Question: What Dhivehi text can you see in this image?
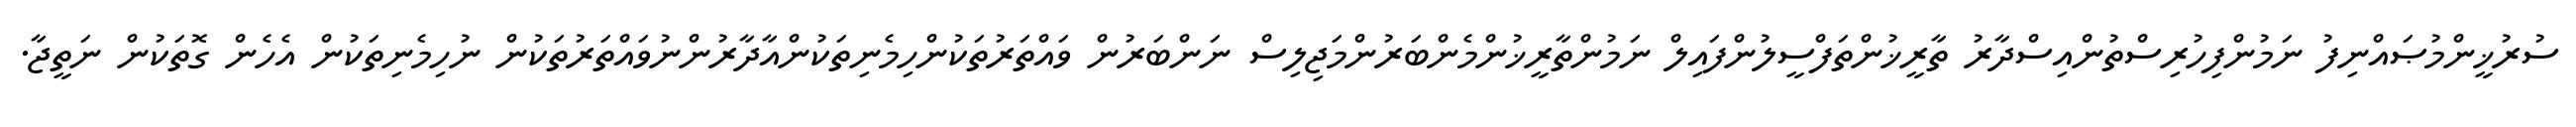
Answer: ސުރުޚީންމުޞައްނިފު ނަމުންފިހުރިސްތުންއިސްދާރު ތާރީޚުންތަފްސީލުންފައިލް ނަމުންތާރީޚުންމެންބަރުންމަޖިލިސް ނަންބަރުން ވައްތަރުތަކުންހިމެނިތަކުންއާދާރުންނުވައްތަރުތަކުން ނުހިމެނިތަކުން އެހެން ގޮތަކުން ނަތީޖާ.